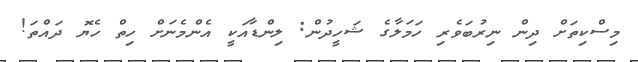
މިސްކިތަށް ދިން ނިރުބަވެރި ހަމަލާގެ ޝަހީދުން: ލިންޑާއަކީ އެންމެނަށް ހިތް ހެޔޮ ދައްތަ!